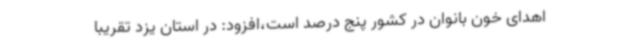
اهدای خون بانوان در کشور پنج درصد است،‌افزود: در استان یزد تقریبا